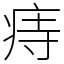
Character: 痔